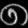
Digit: ၈